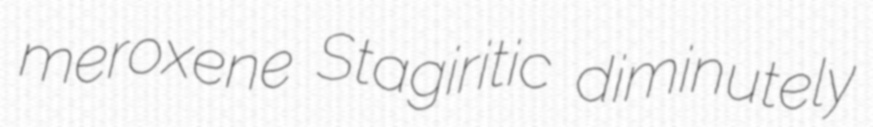
meroxene Stagiritic diminutely